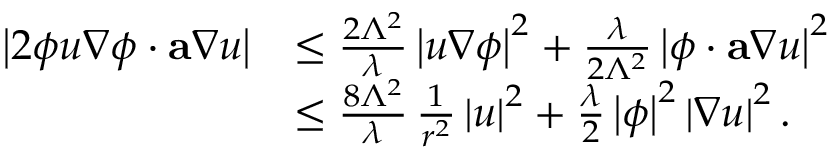
\begin{array} { r l } { \left| 2 \phi u \nabla \phi \cdot \mathbf { a } \nabla u \right| } & { \leq \frac { 2 \Lambda ^ { 2 } } { \lambda } \left| u \nabla \phi \right| ^ { 2 } + \frac { \lambda } { 2 \Lambda ^ { 2 } } \left| \phi \cdot \mathbf { a } \nabla u \right| ^ { 2 } } \\ & { \leq \frac { 8 \Lambda ^ { 2 } } { \lambda } \, \frac { 1 } { r ^ { 2 } } \left| u \right| ^ { 2 } + \frac { \lambda } { 2 } \left| \phi \right| ^ { 2 } \left| \nabla u \right| ^ { 2 } . } \end{array}